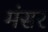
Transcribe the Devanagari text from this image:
मंसर